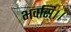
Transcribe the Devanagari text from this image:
भवसि।।